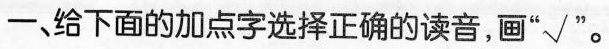
一、给下面的加点字选择正确的读音，画“√”。